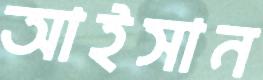
আইসান